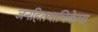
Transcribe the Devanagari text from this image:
जनहितयाचिकेचा